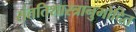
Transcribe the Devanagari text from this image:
संततिशास्त्रानुमोदित